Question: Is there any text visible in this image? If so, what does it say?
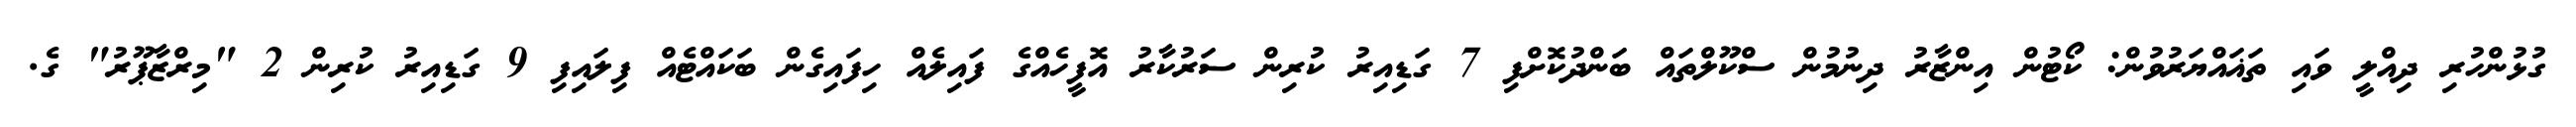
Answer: ގުޅުންހުރި ދިއްލީ ވައި ތަޣައްޔަރުވުން: ކޯޓުން އިންޒާރު ދިނުމުން ސްކޫލްތައް ބަންދުކޮށްފި 7 ގަޑިއިރު ކުރިން ސަރުކާރު އޮފީހެއްގެ ފައިލެއް ހިފައިގެން ބަކައްޓެއް ފިލައިފި 9 ގަޑިއިރު ކުރިން 2 "މިރްޒާޕޫރު" ގެ.